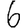
Digit: 6